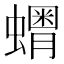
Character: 𧒞